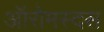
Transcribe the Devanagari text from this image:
ऑरोमस्दस